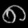
Digit: ၈